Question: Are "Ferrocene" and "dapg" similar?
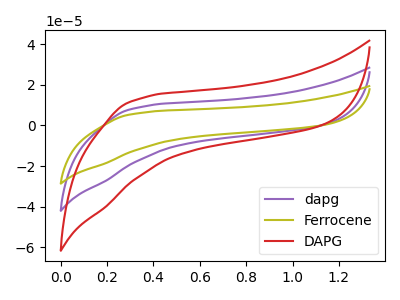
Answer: <think>The purple curve "dapg" has no peaks. The olive curve "Ferrocene" has no peaks. The red curve "DAPG" has no peaks.
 Neither "Ferrocene" or "dapg" have any peaks.</think>
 <answer>"Ferrocene" and "dapg" are similar in shape.</answer>
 <eval>same_shape</eval>